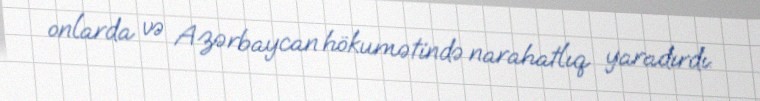
onlarda və Azərbaycan hökumətində narahatlıq yaradırdı.